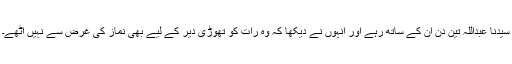
سیّدنا عبداللہ تین دن ان کے ساتھ رہے اور انہوں نے دیکھا کہ وہ رات کو تھوڑی دیر کے لیے بھی نماز کی غرض سے نہیں اُٹھے۔